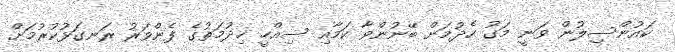
ކައުންސިލުން ވަނީ މަގު ހެދުމަށް ބޭނުންވާ ކަމާއި ސިއްހީ ޚިދުމަތުގެ ފެންވަރު ރަނގަޅުކުރުމަށް